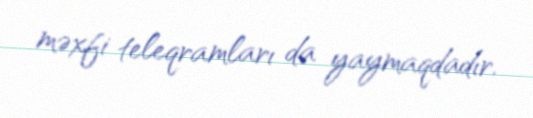
məxfi teleqramları da yaymaqdadır.